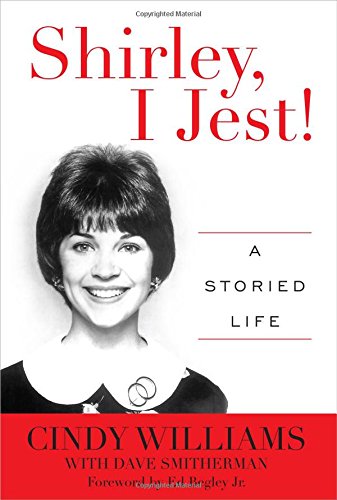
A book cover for Shirley, I Jest!: A Storied Life; Cindy Williams; Biographies & Memoirs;